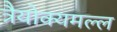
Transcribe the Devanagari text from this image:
त्रैयोक्यमल्ल